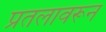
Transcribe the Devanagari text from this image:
प्रतलावरून